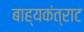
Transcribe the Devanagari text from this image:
बाह्यकंत्राट